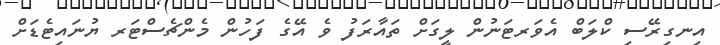
އިނގިރޭސި ކްލަބް އެވަރޓަނުން ލީގަށް ތައާރަފު ވެ އޭގެ ފަހުން މެންޗެސްޓަރ ޔުނައިޓެޑަށް